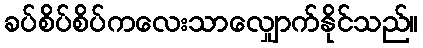
ခပ်စိပ်စိပ်ကလေးသာလျှောက်နိုင်သည်။